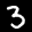
Label: 3